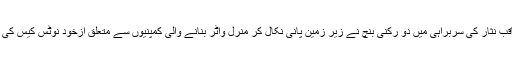
گزشتہ روز چیف جسٹس پاکستان جسٹس میاں ثاقب نثار کی سربراہی میں دو رکنی بنچ نے زیر زمین پانی نکال کر منرل واٹر بنانے والی کمپنیوں سے متعلق ازخود نوٹس کیس کی سماعت سپریم کورٹ لاہور رجسٹری میں کی ۔